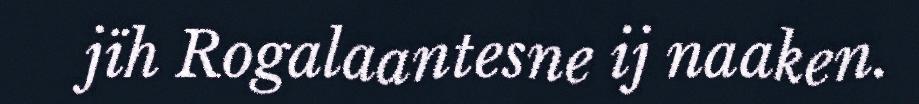
jïh Rogalaantesne ij naaken.